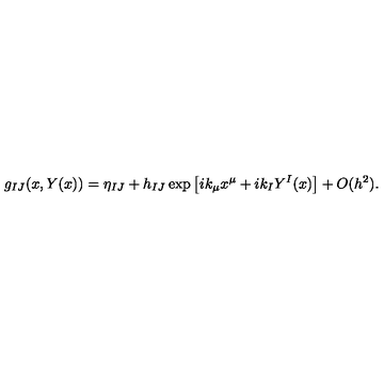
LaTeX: g _ { I J } ( x , Y ( x ) ) = \eta _ { I J } + h _ { I J } \exp \left[ i k _ { \mu } x ^ { \mu } + i k _ { I } Y ^ { I } ( x ) \right] + O ( h ^ { 2 } ) .